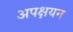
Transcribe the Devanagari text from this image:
अपक्षयन